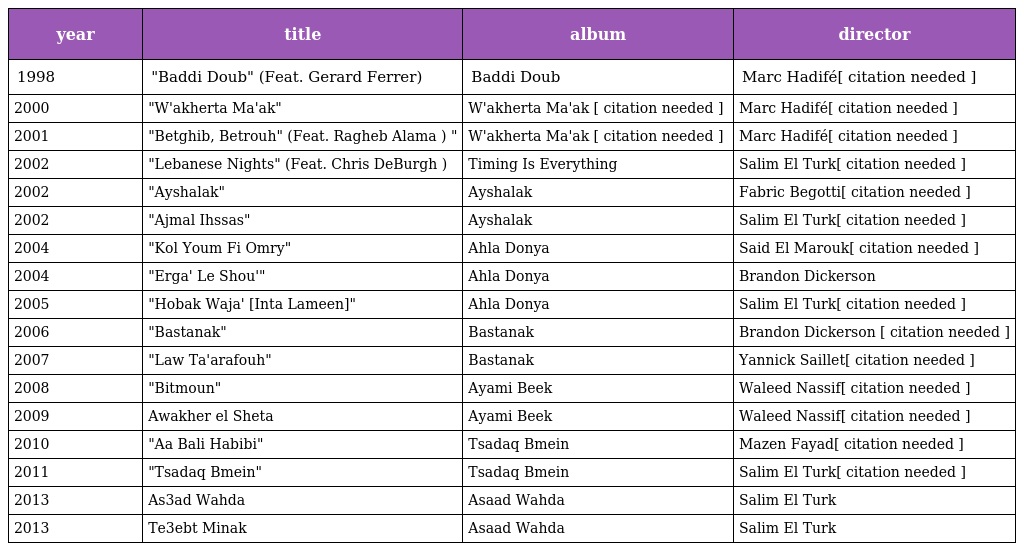
| year | title | album | director |
 | --- | --- | --- | --- |
 | 1998 | "Baddi Doub" (Feat. Gerard Ferrer) | Baddi Doub | Marc Hadifé[ citation needed ] |
 | 2000 | "W'akherta Ma'ak" | W'akherta Ma'ak [ citation needed ] | Marc Hadifé[ citation needed ] |
 | 2001 | "Betghib, Betrouh" (Feat. Ragheb Alama ) " | W'akherta Ma'ak [ citation needed ] | Marc Hadifé[ citation needed ] |
 | 2002 | "Lebanese Nights" (Feat. Chris DeBurgh ) | Timing Is Everything | Salim El Turk[ citation needed ] |
 | 2002 | "Ayshalak" | Ayshalak | Fabric Begotti[ citation needed ] |
 | 2002 | "Ajmal Ihssas" | Ayshalak | Salim El Turk[ citation needed ] |
 | 2004 | "Kol Youm Fi Omry" | Ahla Donya | Said El Marouk[ citation needed ] |
 | 2004 | "Erga' Le Shou'" | Ahla Donya | Brandon Dickerson |
 | 2005 | "Hobak Waja' [Inta Lameen]" | Ahla Donya | Salim El Turk[ citation needed ] |
 | 2006 | "Bastanak" | Bastanak | Brandon Dickerson [ citation needed ] |
 | 2007 | "Law Ta'arafouh" | Bastanak | Yannick Saillet[ citation needed ] |
 | 2008 | "Bitmoun" | Ayami Beek | Waleed Nassif[ citation needed ] |
 | 2009 | Awakher el Sheta | Ayami Beek | Waleed Nassif[ citation needed ] |
 | 2010 | "Aa Bali Habibi" | Tsadaq Bmein | Mazen Fayad[ citation needed ] |
 | 2011 | "Tsadaq Bmein" | Tsadaq Bmein | Salim El Turk[ citation needed ] |
 | 2013 | As3ad Wahda | Asaad Wahda | Salim El Turk |
 | 2013 | Te3ebt Minak | Asaad Wahda | Salim El Turk |